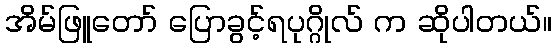
အိမ်ဖြူတော် ပြောခွင့်ရပုဂ္ဂိုလ် က ဆိုပါတယ်။